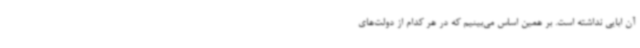
آن ابایی نداشته است. بر همین اساس می‌بینیم که در هر کدام از دولت‌های